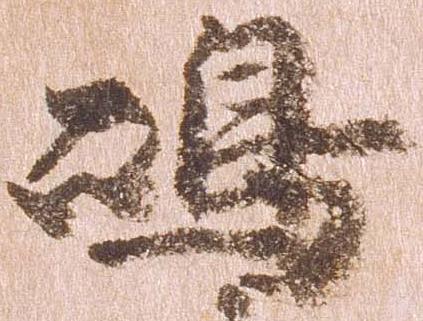
島